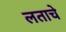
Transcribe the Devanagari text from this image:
लताचे